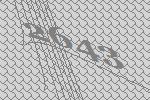
2643